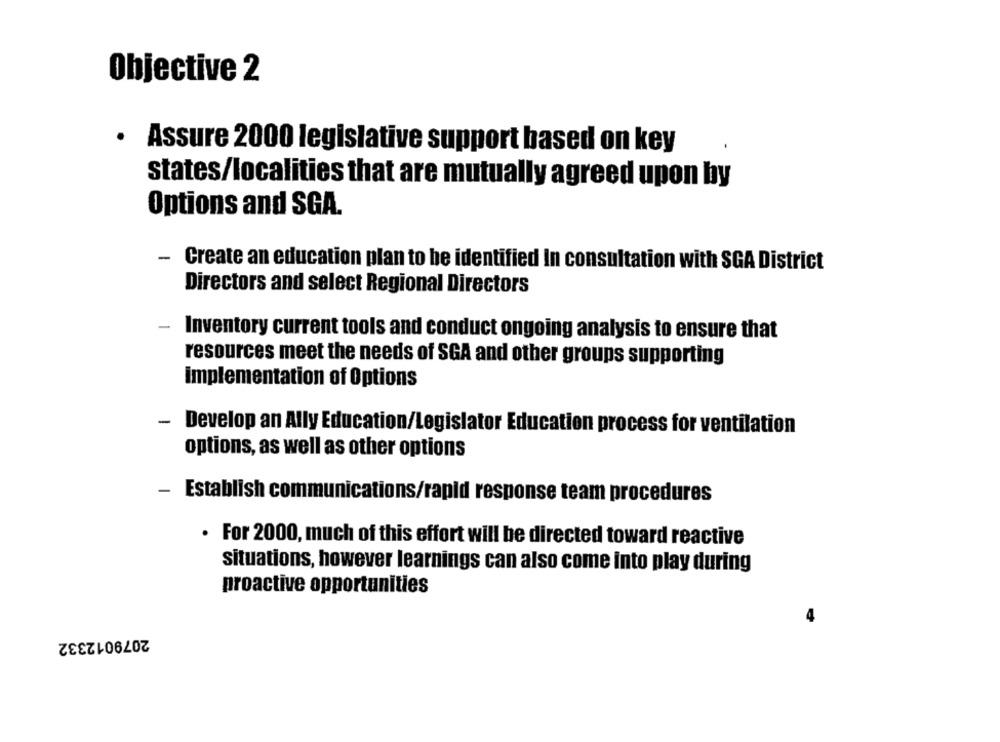
Objective 2
· Assure 2000 legislative support based on key
states/localities that are mutually agreed upon by
Options and SGA.
- Create an education plan to be identified In consultation with SGA District
Directors and select Regional Directors
-
Inventory current tools and conduct ongoing analysis to ensure that
resources meet the needs of SGA and other groups supporting
Implementation of Options
-
Develop an Ally Education/Legislator Education process for ventilation
options, as well as other options
- Establish communications/rapid response team procedures
. For 2000, much of this effort will be directed toward reactive
situations, however learnings can also come into play during
proactive opportunities
2079012332